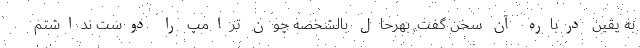
به یقین درباره آن سخن گفت. بهرحال بالشخصه چون ترامپ را دوست نداشتم